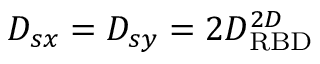
D _ { s x } = D _ { s y } = 2 D _ { \mathrm { R B D } } ^ { 2 D }